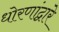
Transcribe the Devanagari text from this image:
धोरणांद्वारे